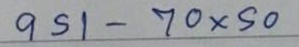
951 - 70x50